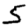
Digit: 5